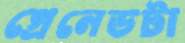
গ্রেনেডটা